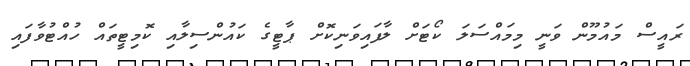
ރައީސް މައުމޫން ވަނީ މިމައްސަލަ ކޯޓަށް ލާފައިވަނިކޮށް ޕާޓީގެ ކައުންސިލާއި ކޮމިޓީތައް ހުއްޓުވާފައި